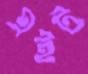
এইট